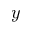
y